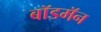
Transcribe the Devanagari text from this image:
बॉडमॅन